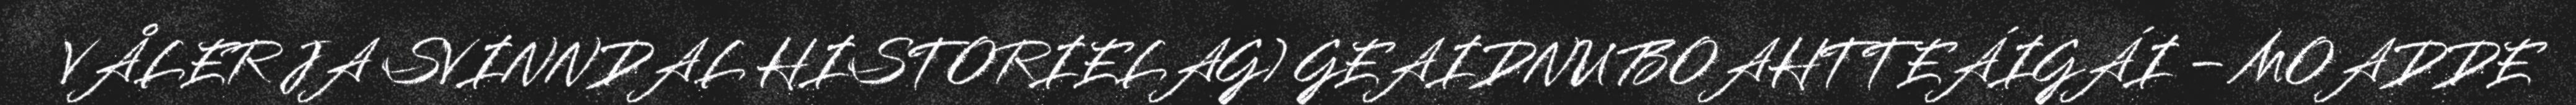
VÅLER JA SVINNDAL HISTORIELAG) GEAIDNU BOAHTTEÁIGÁI – MOADDE